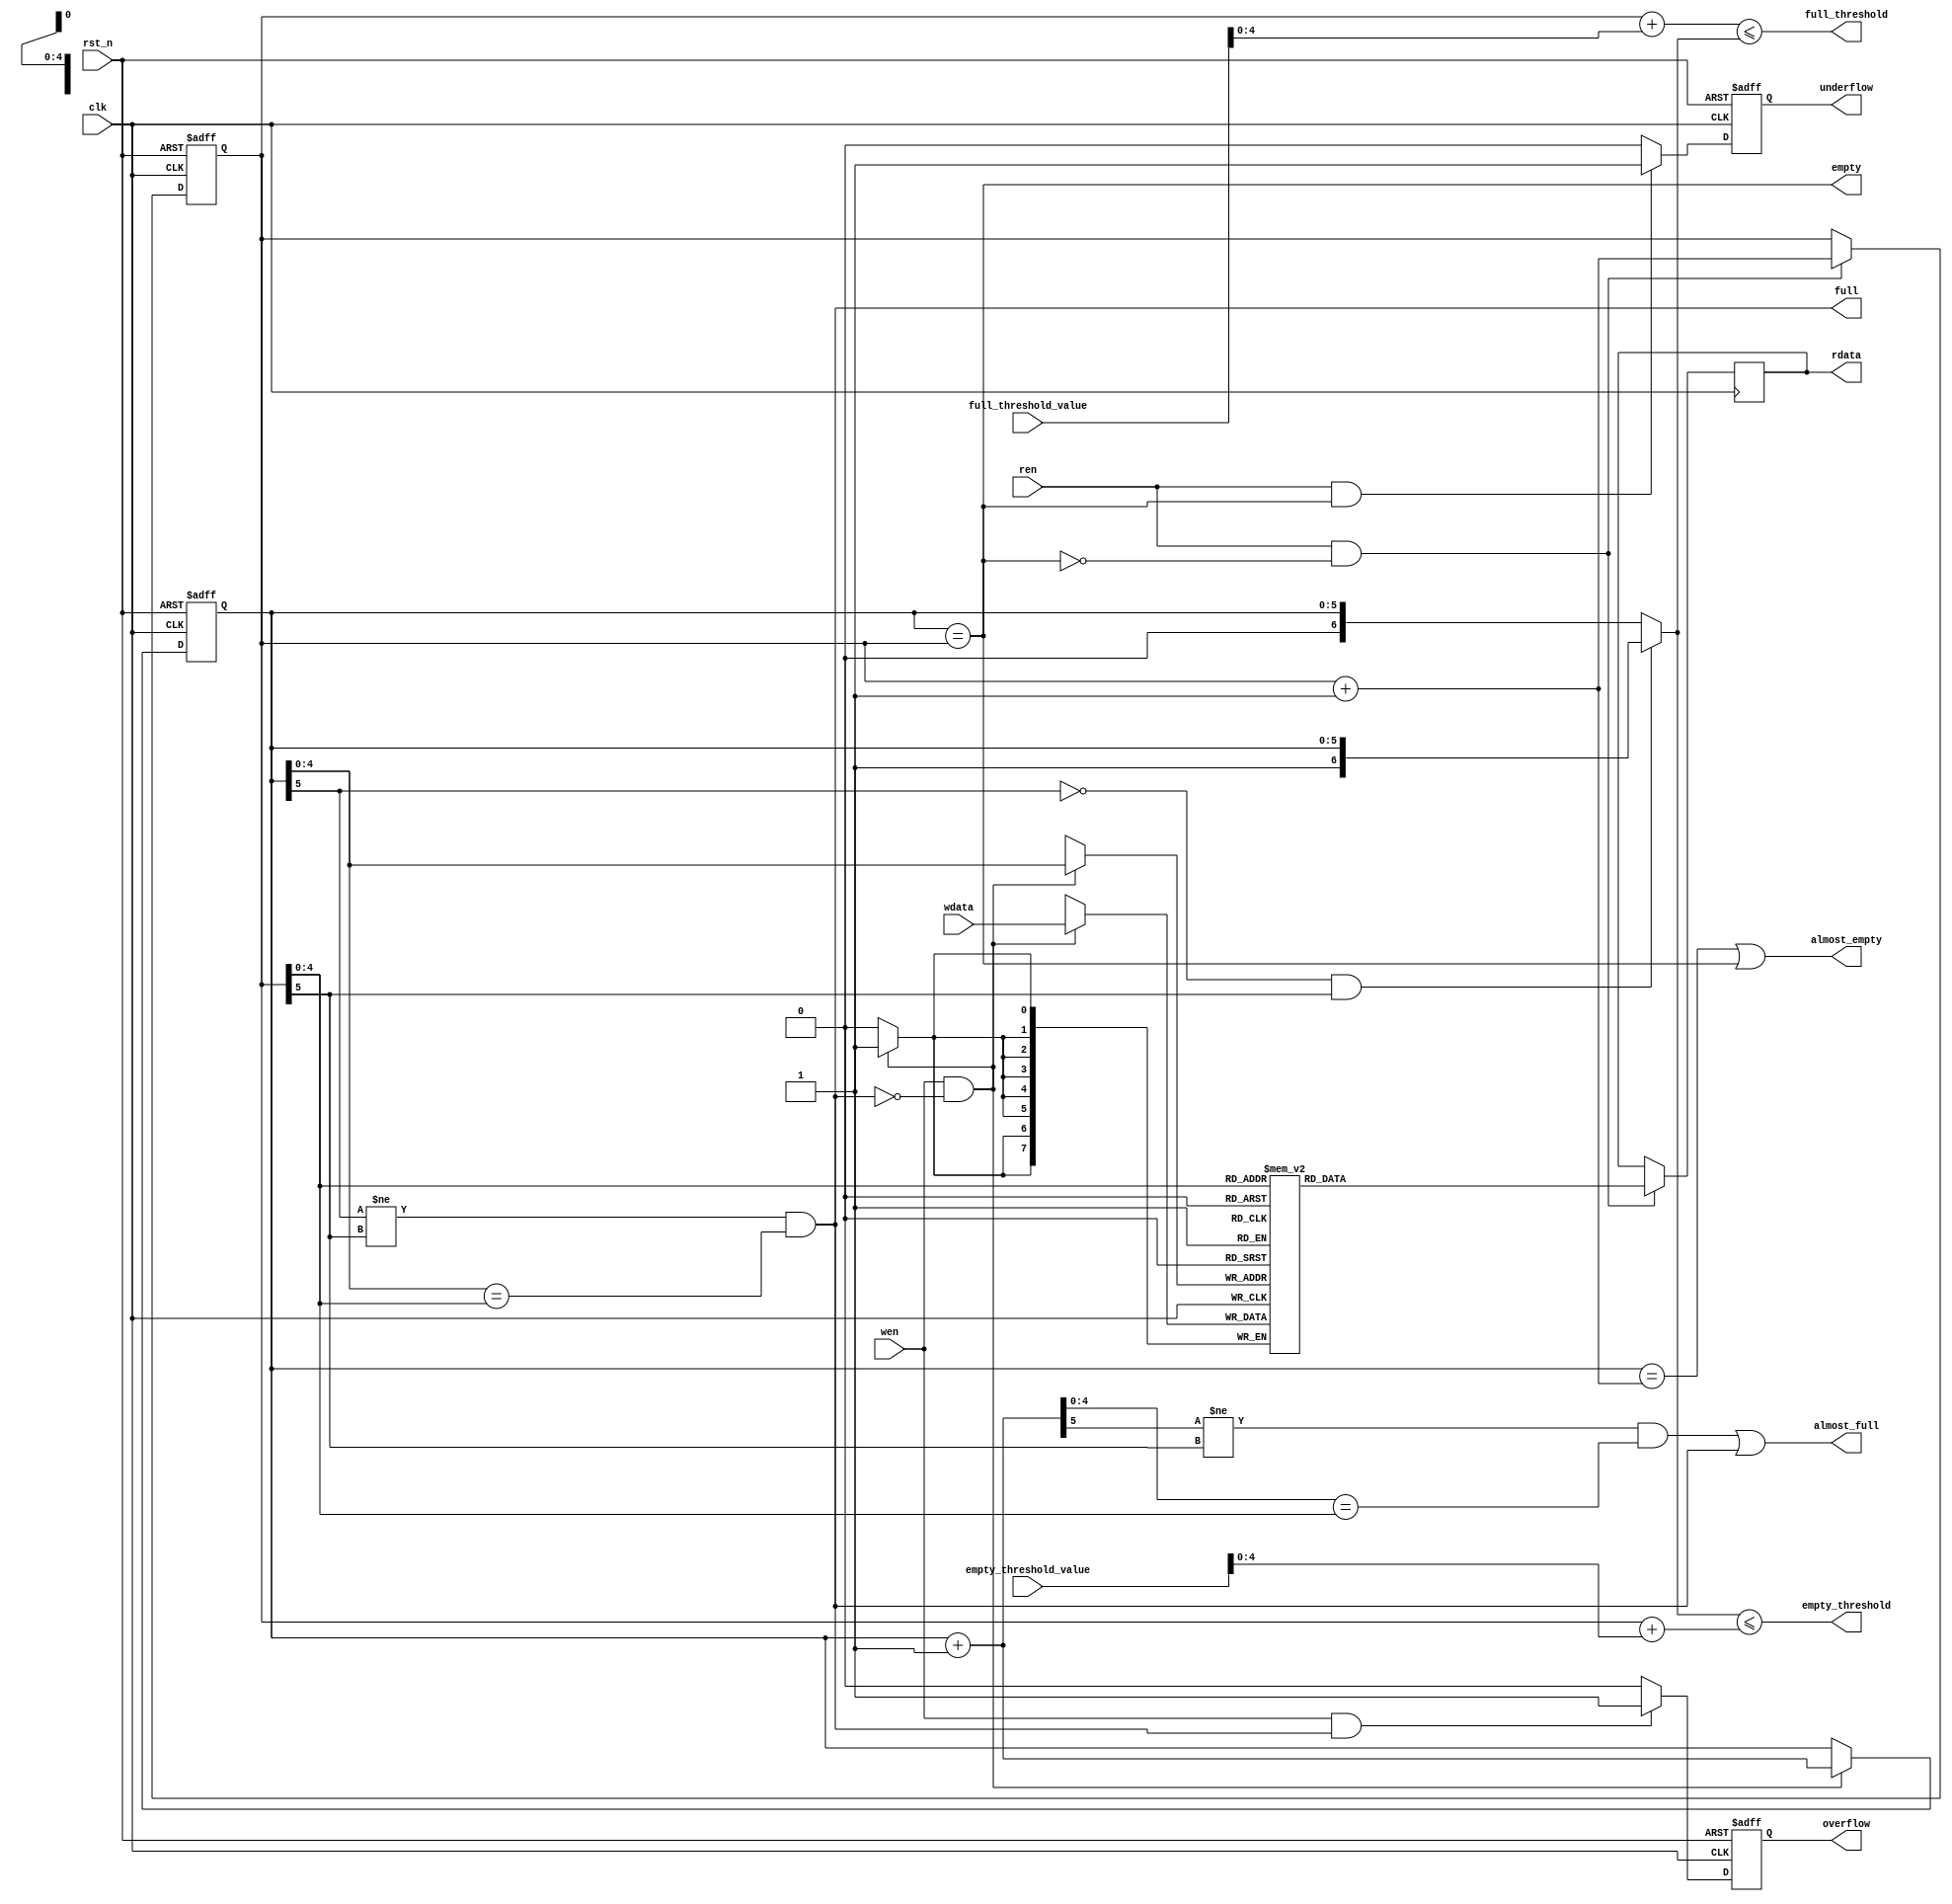
`timescale 1 ns / 1 ps
`default_nettype none

/***********************************************************************
This file is part of the ChipWhisperer Project. See www.newae.com for more
details, or the codebase at http://www.chipwhisperer.com

Copyright (c) 2022-2023, NewAE Technology Inc. All rights reserved.
Author: Jean-Pierre Thibault <jpthibault@newae.com>

  chipwhisperer is free software: you can redistribute it and/or modify
  it under the terms of the GNU General Public License as published by
  the Free Software Foundation, either version 3 of the License, or
  (at your option) any later version.

  chipwhisperer is distributed in the hope that it will be useful,
  but WITHOUT ANY WARRANTY; without even the implied warranty of
  MERCHANTABILITY or FITNESS FOR A PARTICULAR PURPOSE.  See the
  GNU Lesser General Public License for more details.

  You should have received a copy of the GNU General Public License
  along with chipwhisperer.  If not, see <http://www.gnu.org/licenses/>.
*************************************************************************/

module fifo_sync #(
    parameter pDATA_WIDTH = 8,
    parameter pDEPTH = 32,
    parameter pFALLTHROUGH = 0, // "first word fall through" 
    parameter pFLOPS = 1,       // pFLOPS, pBRAM and pDISTRIBUTED are mutually exclusive
    parameter pBRAM = 0,        // Setting pBRAM or pDISTRIBUTE instantiates a Xilinx
    parameter pDISTRIBUTED = 0  // xpm_memory_sdpram instance for storage; otherwise, flops.
)(
    input  wire                         clk, 
    input  wire                         rst_n,
    /* verilator lint_off UNUSED */
    input  wire [31:0]                  full_threshold_value,
    input  wire [31:0]                  empty_threshold_value,
    /* verilator lint_on UNUSED */
    input  wire                         wen, 
    input  wire [pDATA_WIDTH-1:0]       wdata,
    output wire                         full,
    output wire                         almost_full,
    output reg                          overflow,
    output wire                         full_threshold,
    input  wire                         ren, 
    output wire [pDATA_WIDTH-1:0]       rdata,
    output wire                         empty,
    output wire                         almost_empty,
    output wire                         empty_threshold,
    output reg                          underflow
);

    localparam pADDR_WIDTH = (pDEPTH ==     32)? 5 :
                             (pDEPTH ==     64)? 6 :
                             (pDEPTH ==    128)? 7 :
                             (pDEPTH ==    256)? 8 :
                             (pDEPTH ==    512)? 9 :
                             (pDEPTH ==   1024)? 10 :
                             (pDEPTH ==   2048)? 11 :
                             (pDEPTH ==   4096)? 12 :
                             (pDEPTH ==   8192)? 13 :
                             (pDEPTH ==  16384)? 14 :
                             (pDEPTH ==  32768)? 15 :
                             (pDEPTH ==  65536)? 16 :
                             (pDEPTH == 131072)? 17 : 0;

    wire [pADDR_WIDTH-1:0] full_threshold_value_trimmed = full_threshold_value[pADDR_WIDTH-1:0];
    wire [pADDR_WIDTH-1:0] empty_threshold_value_trimmed = empty_threshold_value[pADDR_WIDTH-1:0];
    wire [pADDR_WIDTH-1:0] waddr, raddr;
    reg  [pADDR_WIDTH:0] wptr, rptr;

    assign waddr = wptr[pADDR_WIDTH-1:0];
    assign raddr = rptr[pADDR_WIDTH-1:0];

    // r/w pointers:
    always @(posedge clk or negedge rst_n) begin
        if (!rst_n) begin
            wptr <= 0;
            rptr <= 0;
        end
        else begin
            if (wen && !full)
                wptr <= wptr + 1;
            if (ren && !empty)
                rptr <= rptr + 1;
        end
    end

    // over/underflow flags:
    always @(posedge clk or negedge rst_n) begin
        if (!rst_n) begin
            overflow <= 1'b0;
            underflow <= 1'b0;
        end
        else begin
            if (wen && full) 
                overflow <= 1'b1;
            else 
                overflow <= 1'b0;
            if (ren && empty) 
                underflow <= 1'b1;
            else 
                underflow <= 1'b0;
        end
    end

    // storage:
    `ifdef FAST_FIFO_SIM // flops simulate substantially faster (~50% faster Husky-Pro simulation)
        localparam pFAST_SIM_FLOPS = 1;
    `else
        localparam pFAST_SIM_FLOPS = 0;
    `endif

    generate
        if (pBRAM || pDISTRIBUTED) begin : xilinx_inst
            localparam pMEMORY_PRIMITIVE = (pBRAM)? "block" : "distributed";
            localparam pREAD_LATENCY = (pBRAM)? 1 : 0;

            wire [pDATA_WIDTH-1:0] memout;
            wire [pADDR_WIDTH-1:0] mem_raddr;
            wire mem_rd;

            if (pDISTRIBUTED) begin: distributed_memout_inst
                reg [pDATA_WIDTH-1:0] memout_reg;
                always @(posedge clk) if (ren && !empty) memout_reg <= memout;
                assign rdata = (pFALLTHROUGH)? memout : memout_reg;
                assign mem_raddr = raddr;
                assign mem_rd = 1'b1;
            end // distributed_memout_inst

            else if (pBRAM) begin: bram_memout_inst
                reg [pADDR_WIDTH-1:0] current_raddr, next_raddr;
                wire [pADDR_WIDTH-1:0] raddr_fwft;
                assign mem_raddr = (pFALLTHROUGH)? raddr_fwft : raddr;
                assign raddr_fwft = ren? next_raddr : current_raddr;
                assign rdata = memout;
                assign mem_rd = (pFALLTHROUGH)? ~empty : ren;
                always @(posedge clk or negedge rst_n) begin
                    if (~rst_n) begin
                        current_raddr <= 0;
                        next_raddr <= 1;
                    end
                    else if (ren && ~empty) begin
                        current_raddr <= current_raddr + 1;
                        next_raddr <= next_raddr + 1;
                    end
                end
                `ifdef __ICARUS__
                    wire warning = (wen && mem_rd && (mem_raddr == waddr));
                    always @(posedge clk) begin
                        if (warning)
                            $display("%t WARNING: reading and writing same BRAM address simultaneously; probably won't work as expected! (%m)", $time);
                    end
                `endif
            end // bram_memout_inst

            `ifndef LINT
            if (pFAST_SIM_FLOPS == 0) begin: xpm_inst
                // IMPORTANT NOTE: to simulate with iverilog, some assertions in
                // xpm_memory.sv need to be commented out (with Vivado 2020.2, the
                // whole gen_coll_msgs block), and the -gsupported-assertion
                // iverilog option used.
                xpm_memory_sdpram #(
                    .ADDR_WIDTH_A                       (pADDR_WIDTH),
                    .ADDR_WIDTH_B                       (pADDR_WIDTH),
                    .AUTO_SLEEP_TIME                    (0),
                    .BYTE_WRITE_WIDTH_A                 (pDATA_WIDTH),
                    .CLOCKING_MODE                      ("common_clock"),
                    .ECC_MODE                           ("no_ecc"),
                    .MEMORY_INIT_FILE                   ("none"),
                    .MEMORY_INIT_PARAM                  ("0"),
                    .MEMORY_OPTIMIZATION                ("true"),
                    .MEMORY_PRIMITIVE                   (pMEMORY_PRIMITIVE),
                    .MEMORY_SIZE                        (pDATA_WIDTH*pDEPTH),
                    .MESSAGE_CONTROL                    (0),
                    .READ_DATA_WIDTH_B                  (pDATA_WIDTH),
                    .READ_LATENCY_B                     (pREAD_LATENCY),
                    .READ_RESET_VALUE_B                 ("0"),
                    .RST_MODE_A                         ("SYNC"),
                    .RST_MODE_B                         ("SYNC"),
                    .USE_EMBEDDED_CONSTRAINT            (0),
                    .USE_MEM_INIT                       (0),
                    .WAKEUP_TIME                        ("disable_sleep"),
                    .WRITE_DATA_WIDTH_A                 (pDATA_WIDTH),
                    .WRITE_MODE_B                       ("read_first")
                )
                xpm_memory_sdpram_inst (
                    .dbiterrb                           (),         // 1-bit output: Status signal to indicate double bit error occurrence on the data output of port B.
                    .doutb                              (memout),   // READ_DATA_WIDTH_B-bit output: Data output for port B read operations.
                    .sbiterrb                           (),         // 1-bit output: Status signal to indicate single bit error occurrence on the data output of port B.
                    .addra                              (waddr),    // ADDR_WIDTH_A-bit input: Address for port A write operations.
                    .addrb                              (mem_raddr),// ADDR_WIDTH_B-bit input: Address for port B read operations.
                    .clka                               (clk),      // 1-bit input: Clock signal for port A. Also clocks port B when parameter CLOCKING_MODE is "common_clock".
                    .clkb                               (1'b0),     // 1-bit input: Clock signal for port B when parameter CLOCKING_MODE is "independent_clock". Unused when parameter CLOCKING_MODE is "common_clock".
                    .dina                               (wdata),    // WRITE_DATA_WIDTH_A-bit input: Data input for port A write operations.
                    .ena                                (1'b1),     // 1-bit input: Memory enable signal for port A. Must be high on clock cycles when write operations are initiated. Pipelined internally.
                    .enb                                (mem_rd),   // 1-bit input: Memory enable signal for port B. Must be high on clock cycles when read operations are initiated. Pipelined internally.
                    .injectdbiterra                     (1'b0),     // 1-bit input: Controls double bit error injection on input data when ECC enabled (Error injection capability is not available in "decode_only" mode).
                    .injectsbiterra                     (1'b0),     // 1-bit input: Controls single bit error injection on input data when ECC enabled (Error injection capability is not available in "decode_only" mode).
                    .regceb                             (1'b1),     // 1-bit input: Clock Enable for the last register stage on the output data path.
                    .rstb                               (~rst_n),    // 1-bit input: Reset signal for the final port B output register stage.  Synchronously resets output port doutb to the value specified by parameter READ_RESET_VALUE_B.
                    .sleep                              (1'b0),     // 1-bit input: sleep signal to enable the dynamic power saving feature.
                    .wea                                (wen)       // WRITE_DATA_WIDTH_A-bit input: Write enable vector for port A input data port dina. 1 bit wide when word-wide writes are used. In byte-wide write configurations, each bit controls the writing one byte of dina to address addra. For example, to synchronously write only bits [15-8] of dina when WRITE_DATA_WIDTH_A is 32, wea would be 4'b0010.
                );
            end // xpm_inst
            `endif // LINT
        end // xilinx_inst

        if (pFLOPS || pFAST_SIM_FLOPS) begin: flop_inst
            // RTL Verilog memory model
            reg [pDATA_WIDTH-1:0] mem [0:pDEPTH-1];
            wire [pDATA_WIDTH-1:0] rdata_fwft;
            reg  [pDATA_WIDTH-1:0] rdata_reg;
            assign rdata_fwft = mem[raddr];
            always @(posedge clk) begin
                if (wen && !full) mem[waddr] <= wdata;
                if (ren && !empty) rdata_reg <= rdata_fwft;
            end

            // optional first word fall through mode
            assign rdata = pFALLTHROUGH ? rdata_fwft : rdata_reg;
    
            //debug only:
            //wire [63:0] mem0 = mem[0];
            //wire [63:0] mem1 = mem[1];
            //wire [63:0] mem2 = mem[2];
            //wire [63:0] mem3 = mem[3];
        end // flop_inst
    endgenerate


    assign empty = (wptr == rptr);
    wire [pADDR_WIDTH:0] rptr_plus1 = rptr + 1;
    assign almost_empty = (wptr == rptr_plus1) || empty;

    assign full = ( (wptr[pADDR_WIDTH] != rptr[pADDR_WIDTH]) &&
                    (wptr[pADDR_WIDTH-1:0] == rptr[pADDR_WIDTH-1:0]) );

    wire [pADDR_WIDTH:0] wptr_plus1 = wptr + 1;
    assign almost_full = ( (wptr_plus1[pADDR_WIDTH] != rptr[pADDR_WIDTH]) &&
                           (wptr_plus1[pADDR_WIDTH-1:0] == rptr[pADDR_WIDTH-1:0]) ) || full;

    // programmable almost full threshold
    // The comparison is a bit tricky but boils down to: add an MSB (set to 0)
    // to both pointers to prevent overflow when adding the threshold value,
    // except when wptr has wrapped around but rptr hasn't: in that case, add
    // an MSB set to 1 to wptr, to make it as though it didn't overflow.
    wire [pADDR_WIDTH+1:0] adjust_rt = {1'b0, rptr} + {2'b0, full_threshold_value_trimmed};
    wire [pADDR_WIDTH+1:0] adjust_wt1 = {1'b0, wptr};
    wire [pADDR_WIDTH+1:0] adjust_wt2 = {1'b1, wptr};
    wire case2 = (~wptr[pADDR_WIDTH] && rptr[pADDR_WIDTH]);
    assign full_threshold = (adjust_rt <= ((case2)? adjust_wt2 : adjust_wt1));

    // similar idea is used for programmable almost empty threshold:
    wire [pADDR_WIDTH+1:0] rptr_plust = {1'b0, rptr} + {2'b0, empty_threshold_value_trimmed};
    assign empty_threshold = (((case2)? adjust_wt2 : adjust_wt1) <= rptr_plust);

endmodule

`default_nettype wire